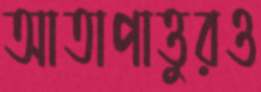
আতাপাত্তুরও